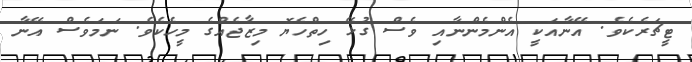
ޓީޗަރެކެވެ. އޭނާއަކީ އެންމެންނާއި ވެސް ގުޅޭ ހިތްހެޔޮ މިޒާޖެއްގެ މީހެކެވެ. ނަމަވެސް އޭނާ